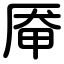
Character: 厣